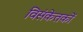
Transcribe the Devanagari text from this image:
विसंकेतकों